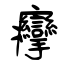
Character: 癴